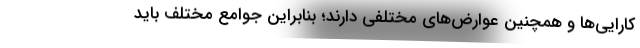
کارایی‌ها و همچنین عوارض‌های مختلفی دارند؛ بنابراین جوامع مختلف باید